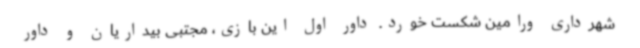
شهرداری ورامین شکست خورد. داور اول این بازی، مجتبی بیداریان و داور